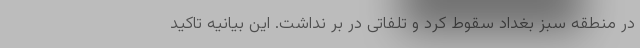
در منطقه سبز بغداد سقوط کرد و تلفاتی در بر نداشت. این بیانیه تاکید